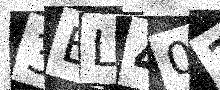
Text: 3EL402